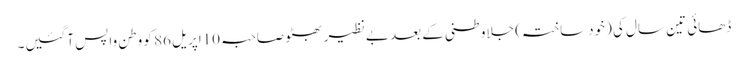
ڈھائی تین سال کی (خودساختہ) جلاوطنی کے بعد بے نظیر بھٹو صاحبہ 10اپریل 86 کو وطن واپس آگئیں۔